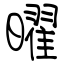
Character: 曜